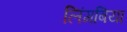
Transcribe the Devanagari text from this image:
लिंगबिया